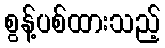
စွန့်ပစ်ထားသည့်